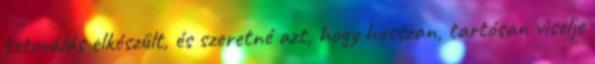
tetoválás elkészült, és szeretné azt, hogy hosszan, tartósan viselje